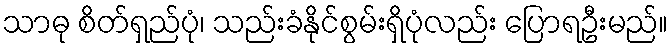
သာဓု စိတ်ရှည်ပုံ၊ သည်းခံနိုင်စွမ်းရှိပုံလည်း ပြောရဦးမည်။